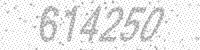
Solution: 614250